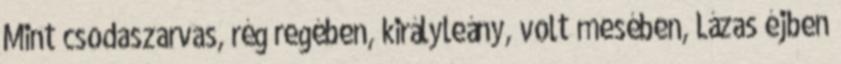
Mint csodaszarvas, rég regében, királyleány, volt mesében, Lázas éjben